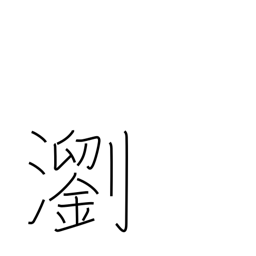
Meaning: clear